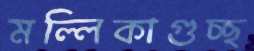
মল্লিকাগুচ্ছ